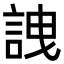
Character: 䛖